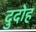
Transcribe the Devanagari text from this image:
दुदोह